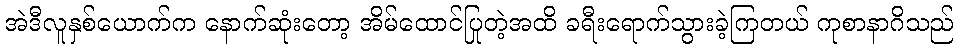
အဲဒီလူနှစ်ယောက်က နောက်ဆုံးတော့ အိမ်ထောင်ပြုတဲ့အထိ ခရီးရောက်သွားခဲ့ကြတယ် ကုစာနာဂိသည်